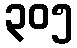
၃၀၅